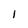
Character: 1